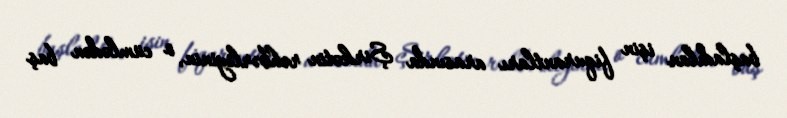
başladılan işin fiqurantları arasında Şirkətin rəhbərliyinin, o cümlədən baş